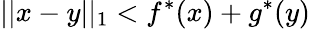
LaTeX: ||x-y||_{1}<f^{*}(x)+g^{*}(y)